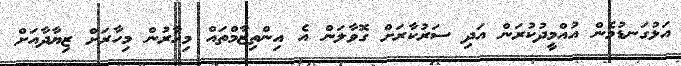
އަޅުގަނޑުމެން އުއްމީދުކުރަން އަދި ސަރުކާރަށް ގޮވާލަން އެ އިންތިޒާމްތައް މިހާރުން މިހާރަށް ޒިޔާދާއަށް